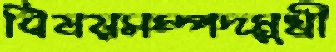
বিষয়সম্পদমুখী